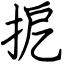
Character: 㧖